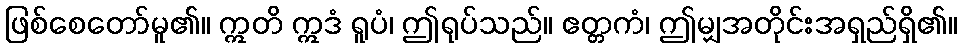
ဖြစ်စေတော်မူ၏။ ဣတိ ဣဒံ ရူပံ၊ ဤရုပ်သည်။ ဧတ္တကံ၊ ဤမျှအတိုင်းအရှည်ရှိ၏။